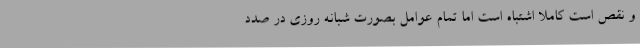
و نقص است کاملا اشتباه است اما تمام عوامل بصورت شبانه روزی در صدد